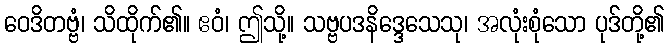
ဝေဒိတဗ္ဗံ၊ သိထိုက်၏။ ဧဝံ၊ ဤသို့။ သဗ္ဗပဒနိဒ္ဒေသေသု၊ အလုံးစုံသော ပုဒ်တို့၏